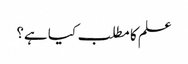
علم کا مطلب کیا ہے؟